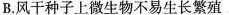
B.风干种子上微生物不易生长繁殖